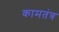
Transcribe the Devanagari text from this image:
कामतंत्र